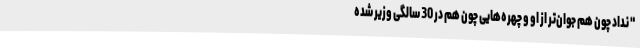
" نداد چون هم جوان‌تر از او و چهره‌هایی چون هم در 30 سالگی وزیر شده